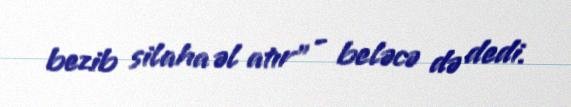
bezib silaha əl atır” - beləcə də dedi.